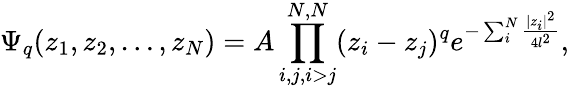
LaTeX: \Psi_{q}(z_{1},z_{2},\dots,z_{N})=A\prod_{i,j,i>j}^{N,N}(z_{i}-z_{j})^{q}e^{-\sum_{i}^{N}\frac{|z_{i}|^{2}}{4l^{2}}},